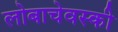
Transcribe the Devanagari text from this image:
लोबाचेवस्की